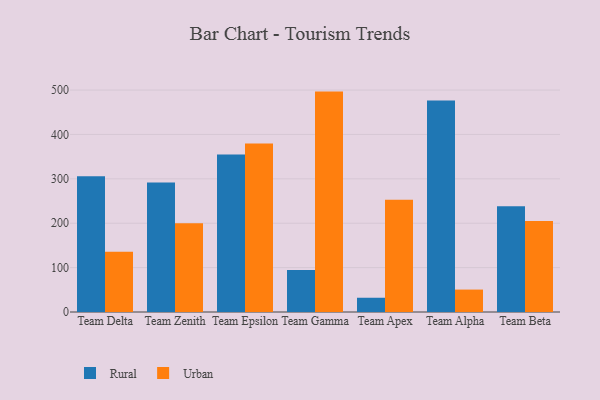
{"axis": {"x": "Team", "y": "Tickets Resolved"}, "legend": ["Rural", "Urban"], "data": [{"x": "Team Delta", "y": 305.6, "type": "Rural"}, {"x": "Team Delta", "y": 135.7, "type": "Urban"}, {"x": "Team Zenith", "y": 291.6, "type": "Rural"}, {"x": "Team Zenith", "y": 199.9, "type": "Urban"}, {"x": "Team Epsilon", "y": 354.6, "type": "Rural"}, {"x": "Team Epsilon", "y": 379.7, "type": "Urban"}, {"x": "Team Gamma", "y": 94.4, "type": "Rural"}, {"x": "Team Gamma", "y": 496.5, "type": "Urban"}, {"x": "Team Apex", "y": 32.1, "type": "Rural"}, {"x": "Team Apex", "y": 253.1, "type": "Urban"}, {"x": "Team Alpha", "y": 476.7, "type": "Rural"}, {"x": "Team Alpha", "y": 50.5, "type": "Urban"}, {"x": "Team Beta", "y": 238.0, "type": "Rural"}, {"x": "Team Beta", "y": 204.9, "type": "Urban"}]}